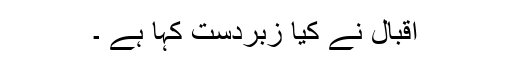
اقبال نے کیا زبردست کہا ہے ۔